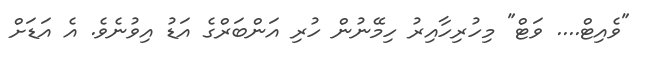
"ވެއިޓް.... ވަޓް" މިހުރިހާއިރު ހިމޭނުން ހުރި އަންބަރްގެ އަޑު އިވުނެވެ. އެ އަޑަށް